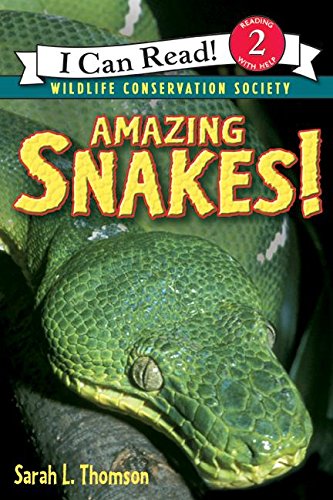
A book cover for Amazing Snakes! (I Can Read Level 2); Sarah L. Thomson; Children's Books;